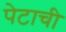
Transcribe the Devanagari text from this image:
पेटाची